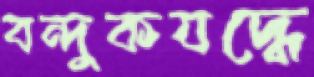
বন্দুকযদ্ধে